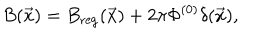
LaTeX: B ( \vec { x } ) = B _ { \mathrm { r e g } } ( \vec { x } ) + 2 \pi \Phi ^ { ( 0 ) } \delta ( \vec { x } ) ,